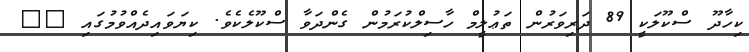
ކިހާދޫ ސްކޫލަކީ 89 ދަރިވަރުން ތަޢުލީމް ހާސިލްކުރަމުން ގެންދަވާ ސްކޫލެކެވެ. ކިޔަވައިދެއްވުމުގައި __